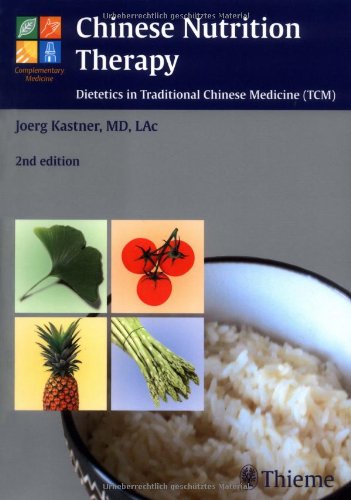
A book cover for Chinese Nutrition Therapy: Dietetics in Traditional Chinese Medicine (TCM) (Complementary Medicine (Thieme Paperback)); Joerg Kastner; Health, Fitness & Dieting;